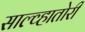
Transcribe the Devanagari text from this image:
साल्व्हातोरी